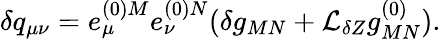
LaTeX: \delta q_{\mu\nu}=e_{\mu}^{(0)M}e_{\nu}^{(0)N}(\delta g_{MN}+{\cal L}_{\delta Z}g_{MN}^{(0)}).